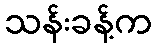
သန်းခန့်က